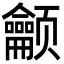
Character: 𬱳